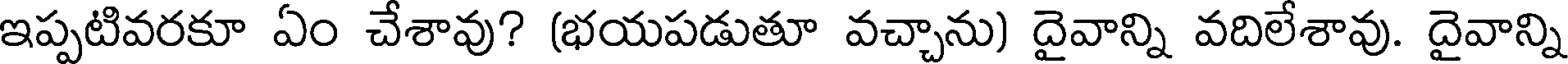
ఇప్పటివరకూ ఏం చేశావు? (భయపడుతూ వచ్చాను) దైవాన్ని వదిలేశావు. దైవాన్ని